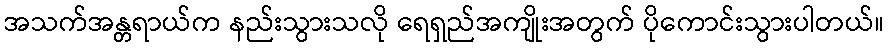
အသက်အန္တရာယ်က နည်းသွားသလို ရေရှည်အကျိုးအတွက် ပိုကောင်းသွားပါတယ်။